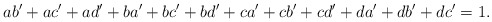
\begin{align*}ab'+ac'+ad'+ba'+bc'+bd'+ca'+cb'+cd'+da'+db'+dc' = 1.\end{align*}